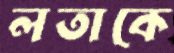
লতাকে